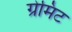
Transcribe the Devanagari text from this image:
ग्रेमिट